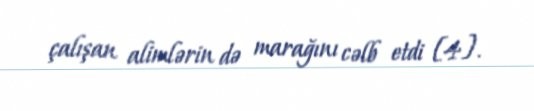
çalışan alimlərin də marağını cəlb etdi [4].